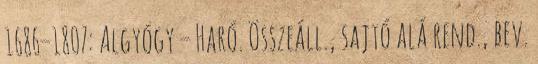
1686–1807: Algyógy – Haró. Összeáll., sajtó alá rend., bev.